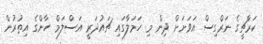
ކަރާޗީގެ ނަރްގިސް އަވަށަށް ދިން މި ހަމަލާގައި ޗައުދަރީ އަސްލަމް ހާންގެ އިތުރުން